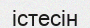
істесін